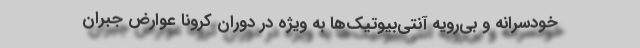
خودسرانه و بی‌رویه آنتی‌بیوتیک‌ها به ویژه در دوران کرونا عوارض جبران